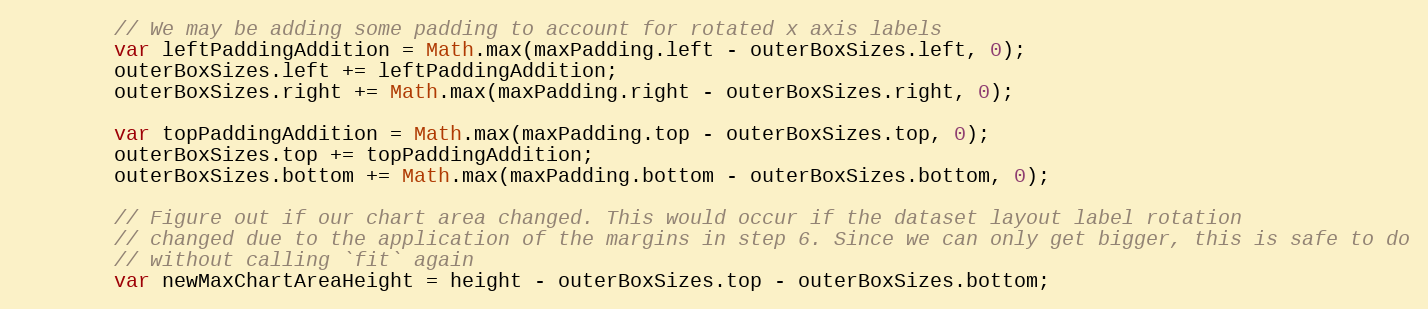
Language: JavaScript
		// We may be adding some padding to account for rotated x axis labels
		var leftPaddingAddition = Math.max(maxPadding.left - outerBoxSizes.left, 0);
		outerBoxSizes.left += leftPaddingAddition;
		outerBoxSizes.right += Math.max(maxPadding.right - outerBoxSizes.right, 0);

		var topPaddingAddition = Math.max(maxPadding.top - outerBoxSizes.top, 0);
		outerBoxSizes.top += topPaddingAddition;
		outerBoxSizes.bottom += Math.max(maxPadding.bottom - outerBoxSizes.bottom, 0);

		// Figure out if our chart area changed. This would occur if the dataset layout label rotation
		// changed due to the application of the margins in step 6. Since we can only get bigger, this is safe to do
		// without calling `fit` again
		var newMaxChartAreaHeight = height - outerBoxSizes.top - outerBoxSizes.bottom;